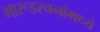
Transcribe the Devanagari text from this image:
भारूडरचनांमध्ये